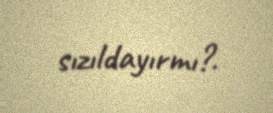
sızıldayırmı?.